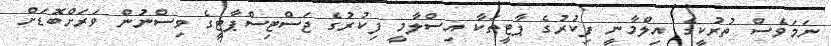
ނަމަވެސް ތުރުކީގެ އިލްމާނީ ފިކުރުގެ ޕާޓީތަކާ އިސްލާމީ ފިކުރުގެ ޖަސްޓިސްޕާޓީގެ ވިސްނުން ވަރަށްބޮޑަށް